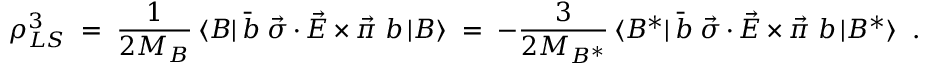
\rho _ { L S } ^ { 3 } \; = \; \frac { 1 } { 2 M _ { B } } \, \langle B | \, \bar { b } \; \vec { \sigma } \cdot \vec { E } \times \vec { \pi } \; b \, | B \rangle \; = \; - \frac { 3 } { 2 M _ { B ^ { * } } } \, \langle B ^ { * } | \, \bar { b } \; \vec { \sigma } \cdot \vec { E } \times \vec { \pi } \; b \, | B ^ { * } \rangle \; \; .